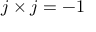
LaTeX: j \times j = - 1